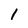
Character: 1